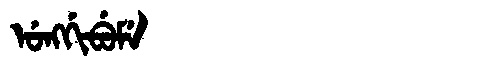
Manchu: ᡠᠩᡤᡳᠪᡠᠮᡝ
Romanization: UNGGIBUME